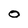
Character: O